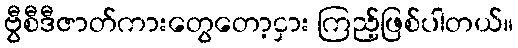
ဗွီစီဒီဇာတ်ကားတွေတော့ငှား ကြည့်ဖြစ်ပါတယ်။